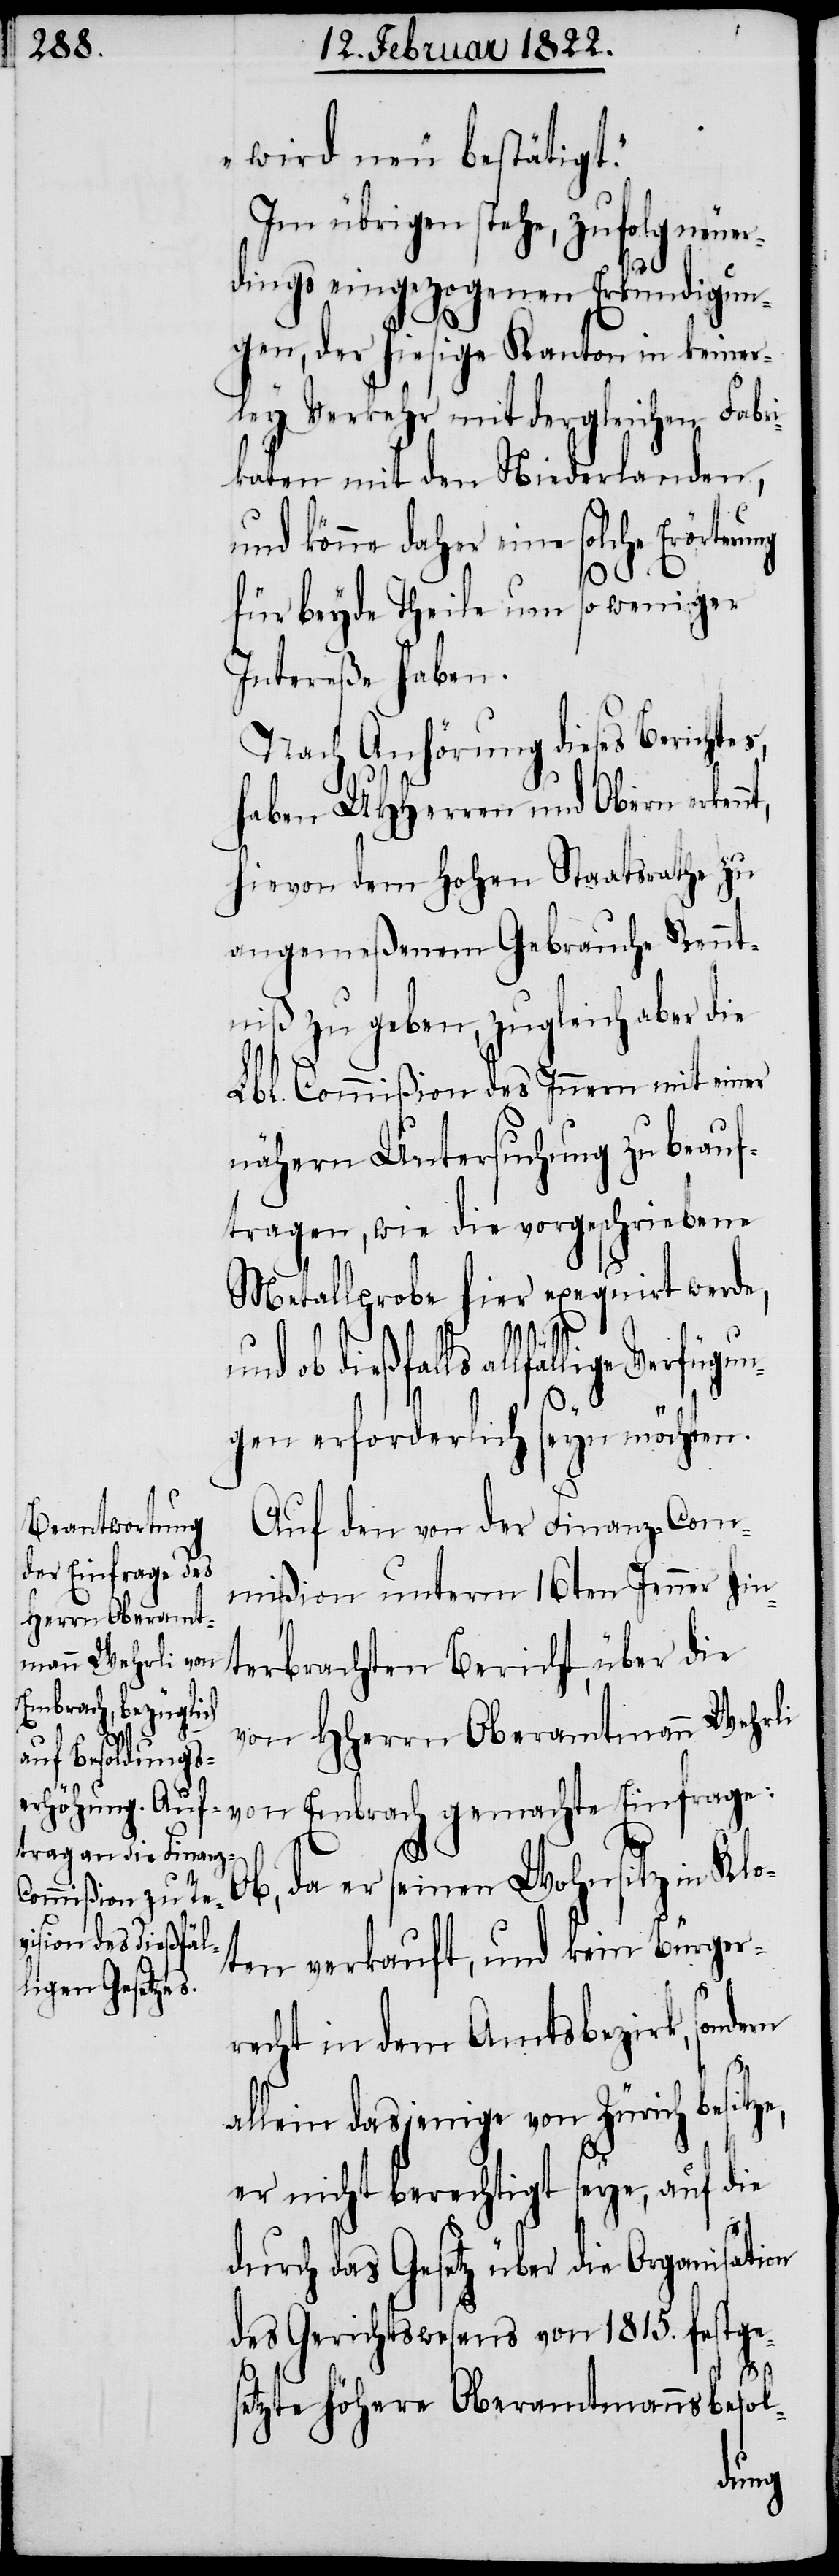
wird neu bestätigt.“
Im übrigen stehe, zufolg neuer¬
dings eingezogenen Erkundigun¬
gen, der hiesige Kanton in keiner¬
ley Verkehr mit dergleichen Fabri¬
kanten mit den Niederlanden,
und könne daher eine solche Erörteru¬
ng
für beyde Theile um so weniger
Intereße haben.
Nach Anhörung dieses Berichtes,
haben UHHerren und Obern erken¬
hievon dem Hohen Staatsrathe zu
angemeßenem Gebrauche Kennt¬
niß zu geben, zugleich aber die
Lbl. Commißion des Innern mit einer
nähern Untersuchung zu beauf¬
tragen, wie die vorgeschriebene
Metallprobe hier exequirt werde,
nt,
und ob dießfalls allfällige Verfügun¬
gen erforderlich seyn möchten.
Auf den von der Finanz-Com¬
mißion unterm 16ten Jenner hin¬
terbrachten Bericht, über die
von HHerrn Oberamtmann Wehrli
dern
von Embrach gemachte Einfrage:
Ob, da er seinen Wohnsitz in Klo¬
ten verkauft, und kein Bürger¬
recht in dem Amtsbezirk, son¬
allein dasjenige von Zürich besitze,
er nicht berechtigt seye, auf die
durch das Gesetz über die Organisation
des Gerichtswesens von 1815. festges¬
etzte höhere Oberamtmannsbesol-